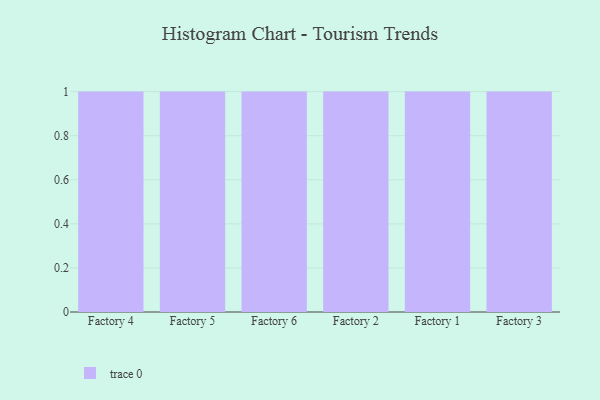
{"axis": {"x": "Factory", "y": "Page Views"}, "legend": [""], "data": [{"x": "Factory 4", "y": 23, "type": ""}, {"x": "Factory 5", "y": 6, "type": ""}, {"x": "Factory 6", "y": 53, "type": ""}, {"x": "Factory 2", "y": 8, "type": ""}, {"x": "Factory 1", "y": 70, "type": ""}, {"x": "Factory 3", "y": 65, "type": ""}]}